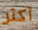
أكثر